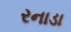
રનાડા